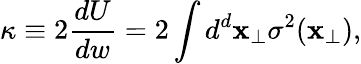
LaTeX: \kappa\equiv 2{\frac{dU}{dw}}=2\int d^{d}{\mathbf x}_{\perp}\sigma^{2}({\mathbf x}_{\perp}),